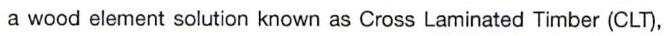
 a wood element solution known as Cross Laminated Timber (CLT),